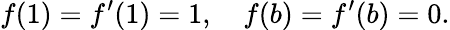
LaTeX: f(1)=f^{\prime}(1)=1,\quad f(b)=f^{\prime}(b)=0.